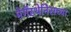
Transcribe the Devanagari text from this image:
मेगॅस्थेनिसच्या